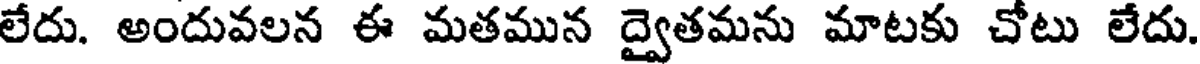
లేదు. అందువలన ఈ మతమున ద్వైతమను మాటకు చోటు లేదు.